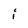
Character: i